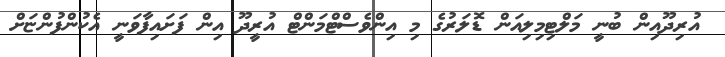
އުރިދޫއިން ބުނީ މަލްޓިމިލިއަން ޑޮލަރުގެ މި އިންވެސްޓްމަންޓް އުރީދޫ އިން ފަށައިފާވަނީ އެކުންފުންޏަށް